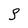
Character: S